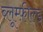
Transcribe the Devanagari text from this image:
ब्लूम्फ़ील्ड